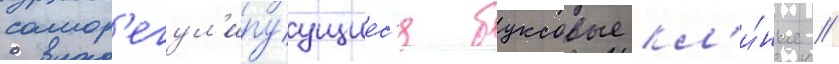
самор'егул'ируущиес'я буксовые кл'и́нья //